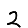
Digit: 2